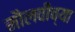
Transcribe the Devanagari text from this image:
मौलवींच्या